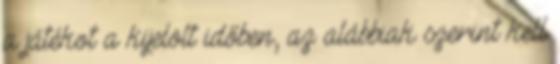
a játékot a kijelölt időben, az alábbiak szerint kell